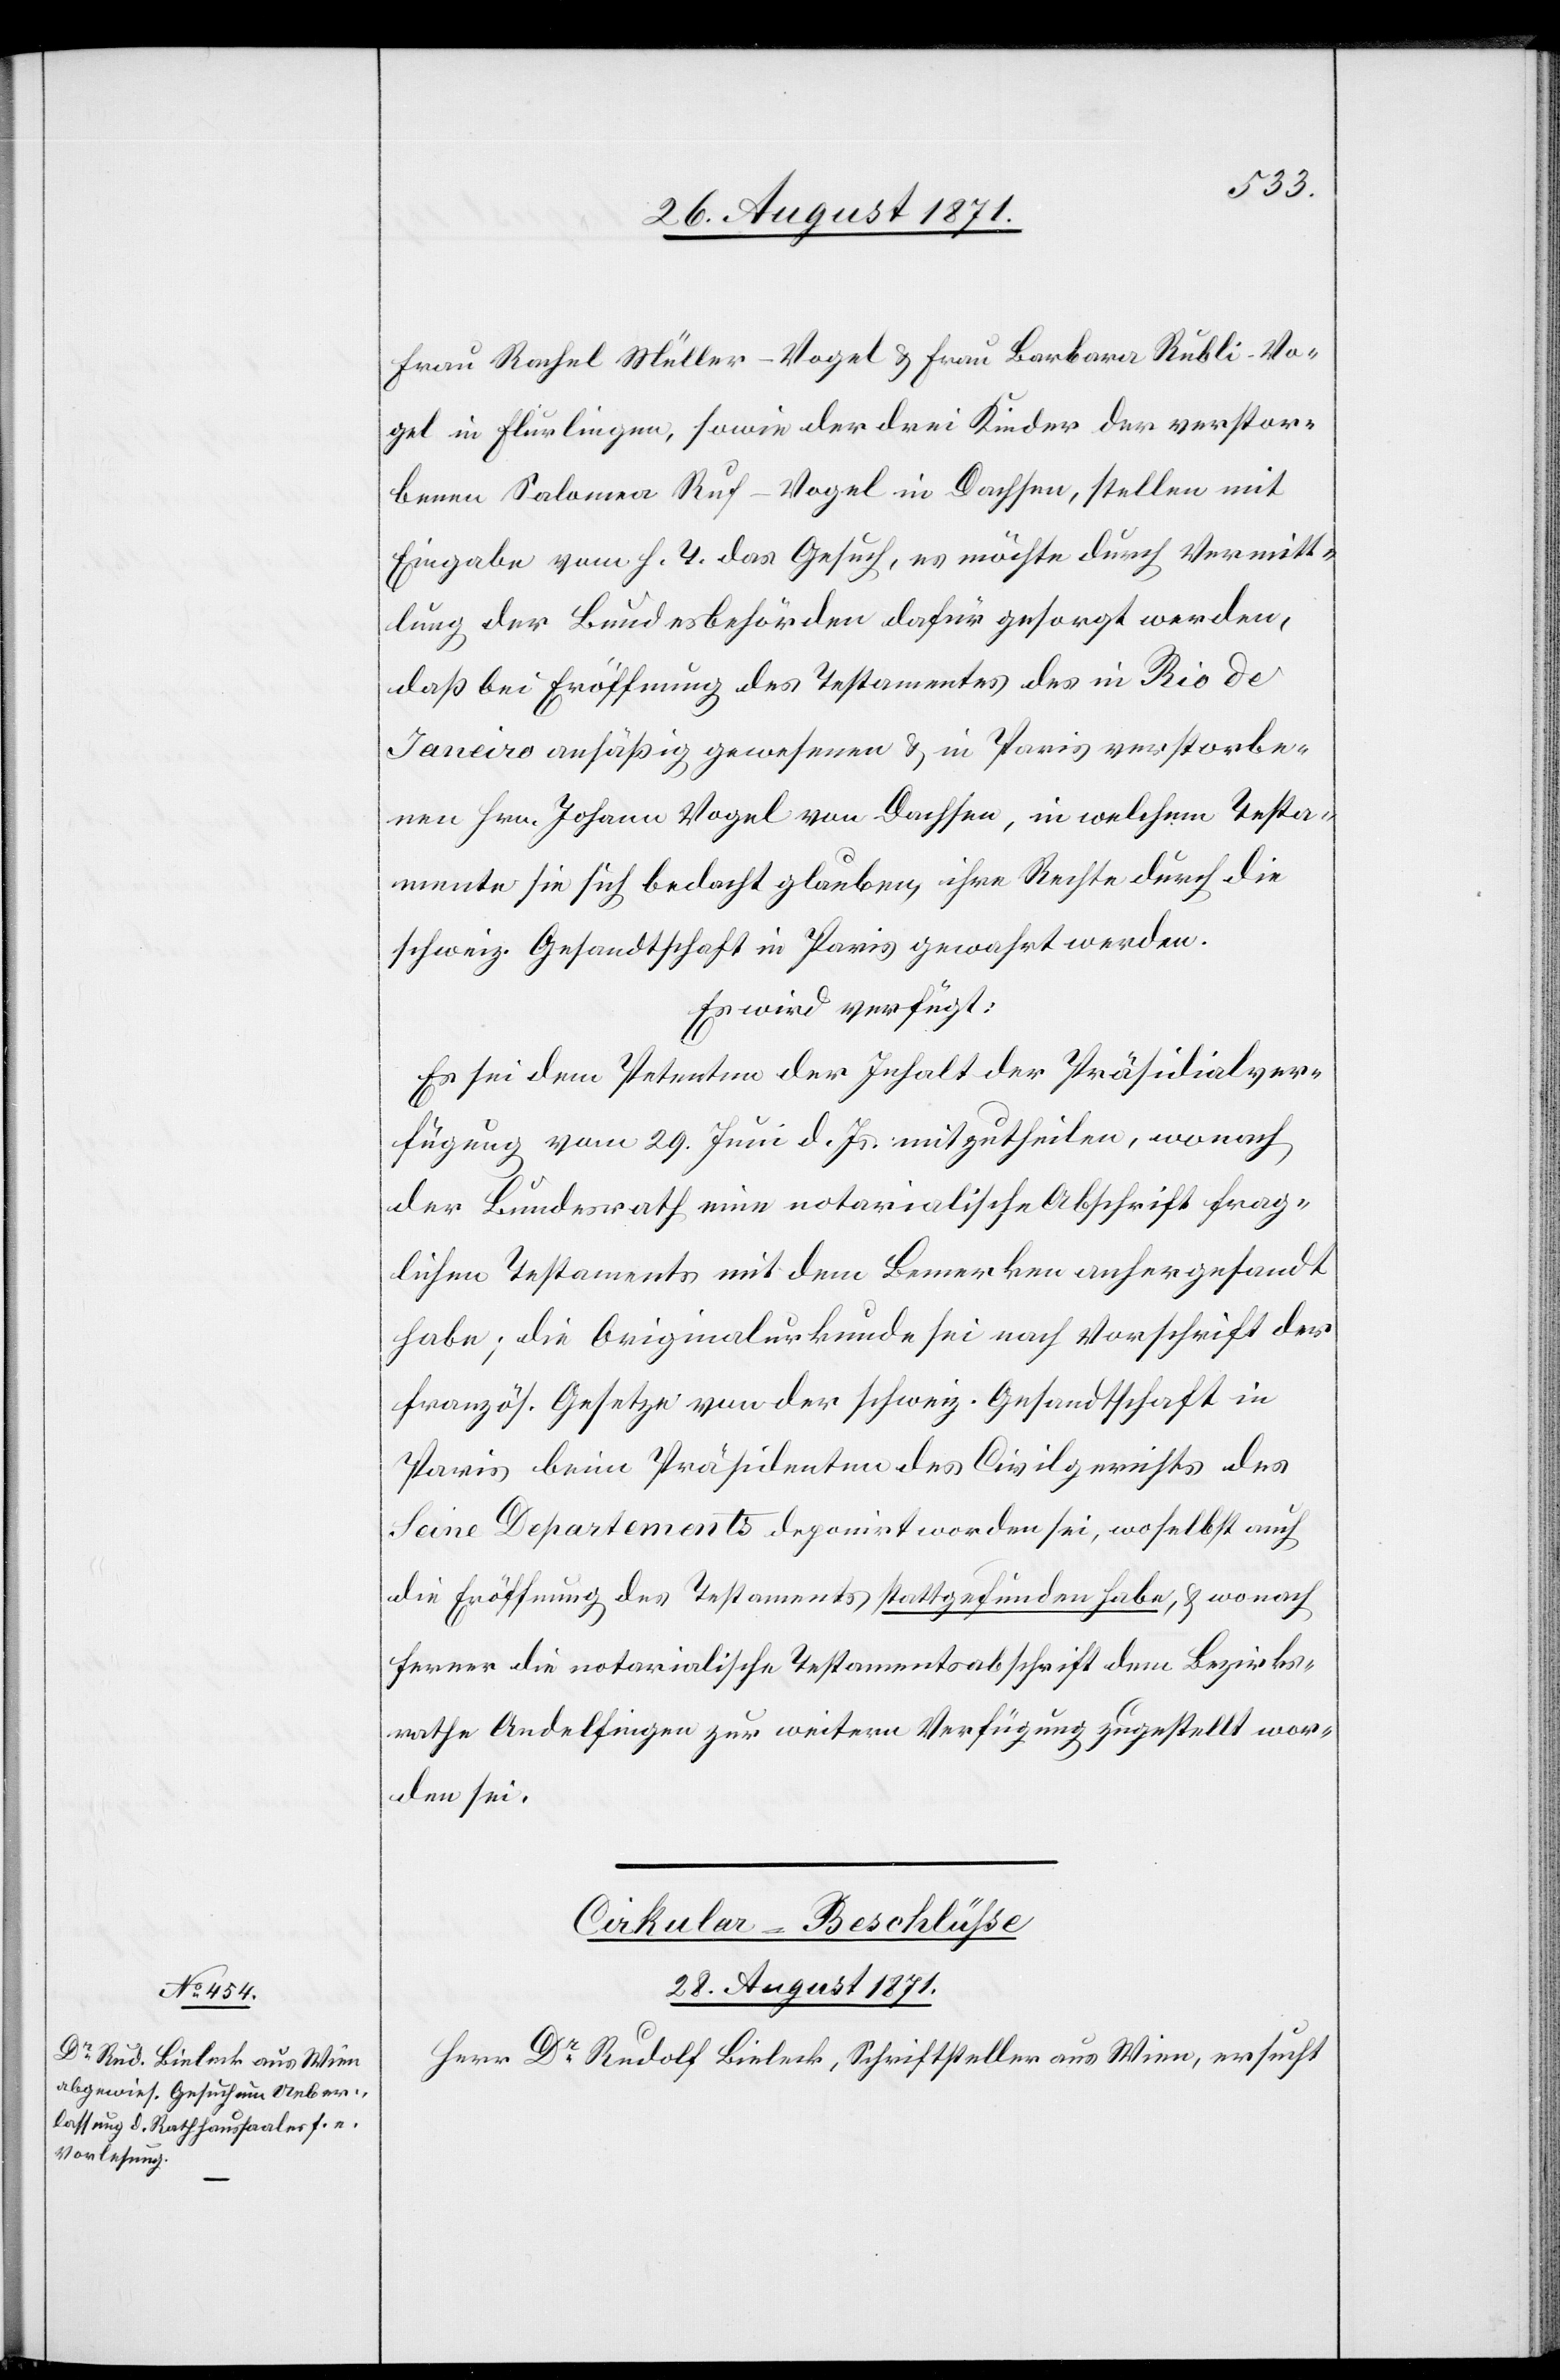
Frau Rahel Müller-Nagel & Frau Barbara Rubli-Na¬
gel in Flurlingen, sowie der drei Kinder des verstor¬
benen Salomon Ruf-Nagel in Dachsen, stellen mit
Eingabe vom h. T. das Gesuch, es möchte durch Vermitt¬
lung der Bundesbehörden dafür gesorgt werden,
daß bei Eröffnung des Testamentes des in Rio de
Janeiro ansässig gewesenen & in Paris verstorbe¬
nen Hrn. Johann Nagel von Dachsen, in welchem Testa¬
mente sie sich bedacht glauben, ihre Rechte durch die
schweiz. Gesandtschaft in Paris gewahrt werden.
Es wird verfügt:
Es sei dem Petenten der Inhalt der Präsidialver¬
fügung vom 29. Juli d. Js. mitzutheilen, wonach
der Bundesrath eine notarialische Abschrift frag¬
lichen Testaments mit dem Bemerken anhergesandt
habe; die Originalurkunde sei nach Vorschrift der
französ. Gesetze von der schweiz. Gesandtschaft in
Paris beim Präsidenten des Civilgerichts des
Seine Departements deponirt worden sei [sic!], wo selbst auch
die Eröffnung des Testaments stattgefunden habe, & wonach
ferner die notarialische Testamentsabschrift dem Bezirks¬
rathe Andelfingen zur weiteren Verfügung zugestellt wor¬
den sei.
Cirkular-Beschlüße.
28. August 1871.
Herr Dr Rudolf Bieleck, Schrifsteller aus Wien, ersucht